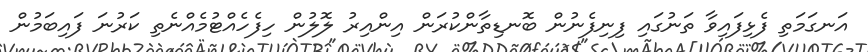
އަނގަމަތި ފެޅިފައިވާ ތަނުގައި ފިނިފެނުން ބޮނޑިތާންކުރަން އިންއިރު ލޮލުން ހިފެހެއްޓުމެއްނެތި ކަރުނަ ފައިބަމުން